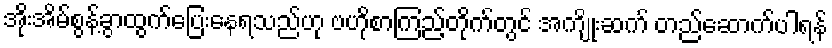
အိုးအိမ်စွန့်ခွာထွက်ပြေးနေရသည်ဟု ဗဟိုစာကြည့်တိုက်တွင် အကျိုးဆက် တည်ဆောက်ပါရန်